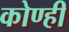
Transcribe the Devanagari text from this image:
कोण्ही